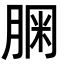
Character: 𦝓